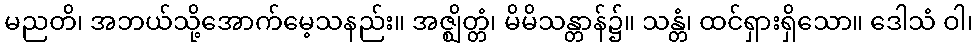
မညတိ၊ အဘယ်သို့အောက်မေ့သနည်း။ အဇ္ဈိတ္တံ၊ မိမိသန္တာန်၌။ သန္တံ၊ ထင်ရှားရှိသော။ ဒေါသံ ဝါ၊